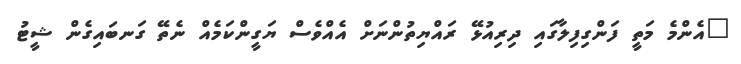
"އެންމެ މަތީ ފަންގިފިލާގައި ދިރިއުޅޭ ރައްޔިތުންނަށް އެއްވެސް ޔަގީންކަމެއް ނެތޭ ގަނބައިގެން ޝީޓު